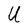
Character: U